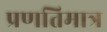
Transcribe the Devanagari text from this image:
प्रणतिमात्र